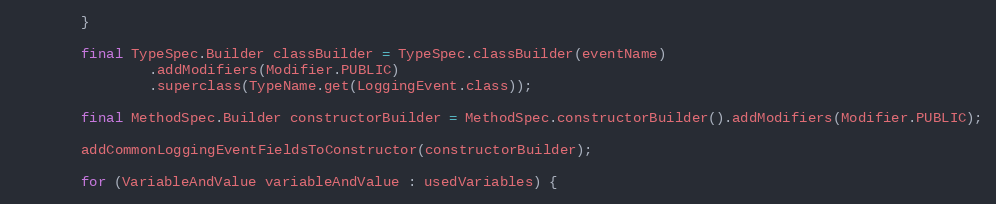
Language: Java
        }

        final TypeSpec.Builder classBuilder = TypeSpec.classBuilder(eventName)
                .addModifiers(Modifier.PUBLIC)
                .superclass(TypeName.get(LoggingEvent.class));

        final MethodSpec.Builder constructorBuilder = MethodSpec.constructorBuilder().addModifiers(Modifier.PUBLIC);

        addCommonLoggingEventFieldsToConstructor(constructorBuilder);

        for (VariableAndValue variableAndValue : usedVariables) {